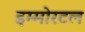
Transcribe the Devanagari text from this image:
इम्मोरटल